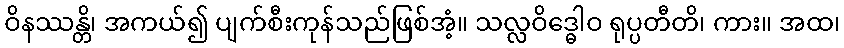
ဝိနဿန္တိ၊ အကယ်၍ ပျက်စီးကုန်သည်ဖြစ်အံ့။ သလ္လဝိဒ္ဓေါဝ ရုပ္ပတီတိ၊ ကား။ အထ၊